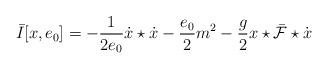
LaTeX: \begin{align*}\bar{I}[x,e_{0}]=-\frac{1}{2e_{0}}\dot{x}\star\dot{x}-\frac{e_{0}}{2}m^{2}-\frac{g}{2}x\star\bar{\cal F}\star\dot{x}\end{align*}